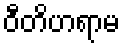
ဝီတိဟရာမ